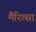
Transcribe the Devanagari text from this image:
मैरित्सा